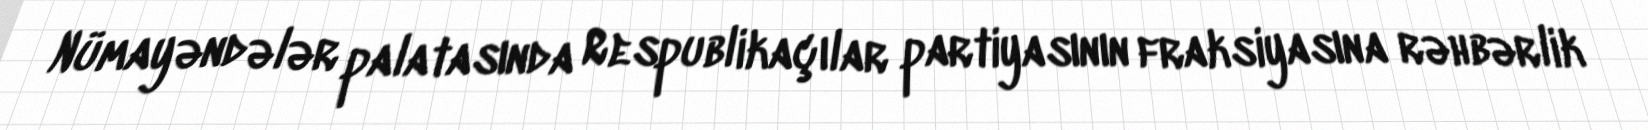
Nümayəndələr palatasında Respublikaçılar partiyasının fraksiyasına rəhbərlik